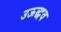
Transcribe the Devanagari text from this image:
उऊद्धव